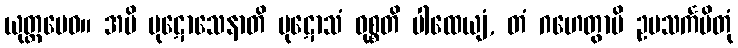
ယုတ္တမေဝ။ အပိ ပုဋောသေနာတိ ပုဋောသံ ဝုစ္စတိ ပါထေယျံ, တံ ဂဟေတွာပိ ဥပသင်္ကမိတုံ